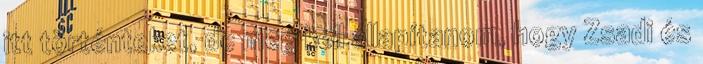
itt történteket, de meg kell állapítanom, hogy Zsadi és